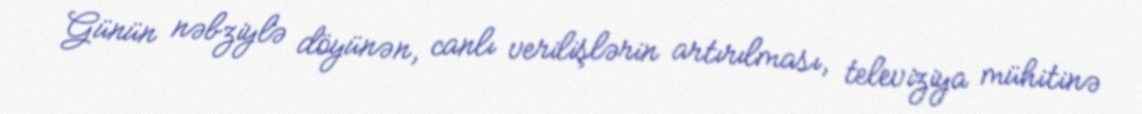
Günün nəbziylə döyünən, canlı verilişlərin artırılması, televiziya mühitinə